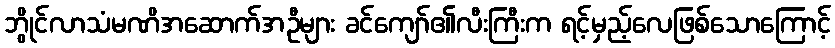
ဘွိုင်လာသံမဏိအဆောက်အဦများ ခင်ကျော်၏လီးကြီးက ရင့်မှည့်လေဖြစ်သောကြောင့်